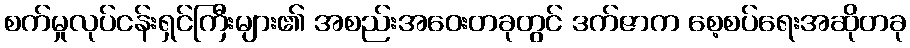
စက်မှုလုပ်ငန်းရှင်ကြီးများ၏ အစည်းအဝေးတခုတွင် ဒက်ဇာက စေ့စပ်ရေးအဆိုတခု